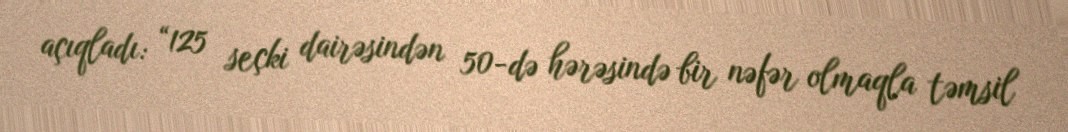
açıqladı: “125 seçki dairəsindən 50-də hərəsində bir nəfər olmaqla təmsil